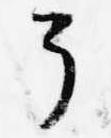
了